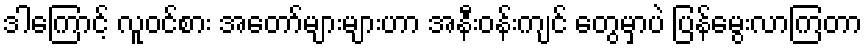
ဒါကြောင့် လူဝင်စား အတော်များများဟာ အနီးဝန်းကျင် တွေမှာပဲ ပြန်မွေးလာကြတာ